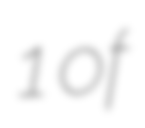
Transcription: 1 of